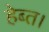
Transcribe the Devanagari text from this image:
हेब्त।